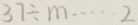
3 7 \div m \cdots 2